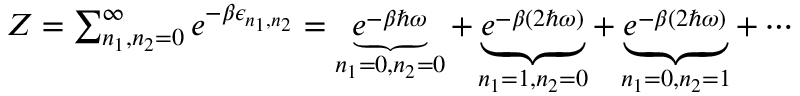
\begin{array} { r } { Z = \sum _ { n _ { 1 } , n _ { 2 } = 0 } ^ { \infty } e ^ { - \beta \epsilon _ { n _ { 1 } , n _ { 2 } } } = \underbrace { e ^ { - \beta \hbar \omega } } _ { n _ { 1 } = 0 , n _ { 2 } = 0 } + \underbrace { e ^ { - \beta ( 2 \hbar \omega ) } } _ { n _ { 1 } = 1 , n _ { 2 } = 0 } + \underbrace { e ^ { - \beta ( 2 \hbar \omega ) } } _ { n _ { 1 } = 0 , n _ { 2 } = 1 } + \cdots } \end{array}